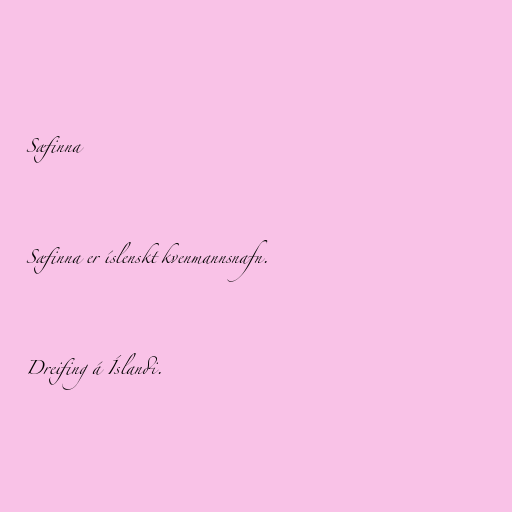
Sæfinna

Sæfinna er íslenskt kvenmannsnafn.

Dreifing á Íslandi.